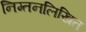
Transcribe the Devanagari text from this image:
निम्तनलिखित